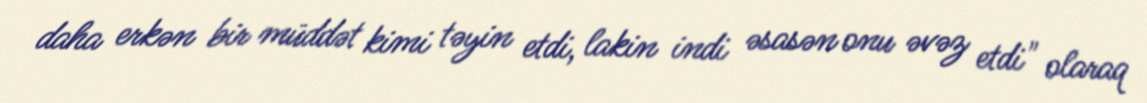
daha erkən bir müddət kimi təyin etdi, lakin indi əsasən onu əvəz etdi" olaraq